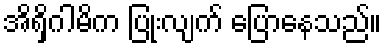
အိရှိဂါမိက ပြုံးလျက် ပြောနေသည်။